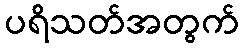
ပရိသတ်အတွက်